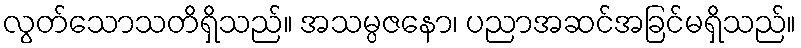
လွတ်သောသတိရှိသည်။ အသမ္ပဇနော၊ ပညာအဆင်အခြင်မရှိသည်။